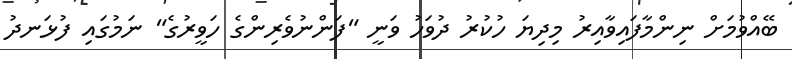
ބޭއްވުމަށް ނިންމާފައިވާއިރު މިދިޔަ ހުކުރު ދުވަހު ވަނީ "ފަންނުވެރިންގެ ހަވީރުގެ" ނަމުގައި ފުޅަނދު